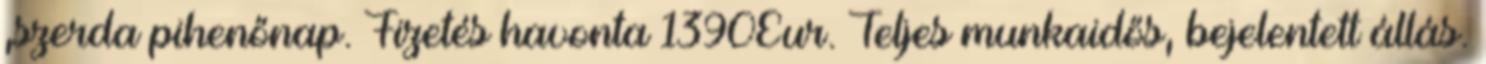
,szerda pihenőnap. Fizetés havonta 1390Eur. Teljes munkaidős, bejelentett állás.